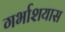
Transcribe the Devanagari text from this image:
गर्भाशयास